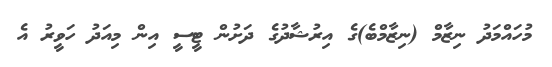
މުހައްމަދު ނިޒާމް (ނިޒާމްބެ)ގެ އިރުޝާދުގެ ދަށުން ޓީސީ އިން މިއަދު ހަވީރު އެ